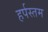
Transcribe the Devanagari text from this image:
हर्पस्तम